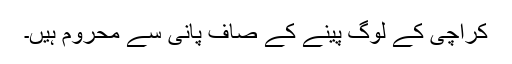
کراچی کے لوگ پینے کے صاف پانی سے محروم ہیں۔